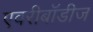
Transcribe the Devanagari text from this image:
एवरीबॉडीज